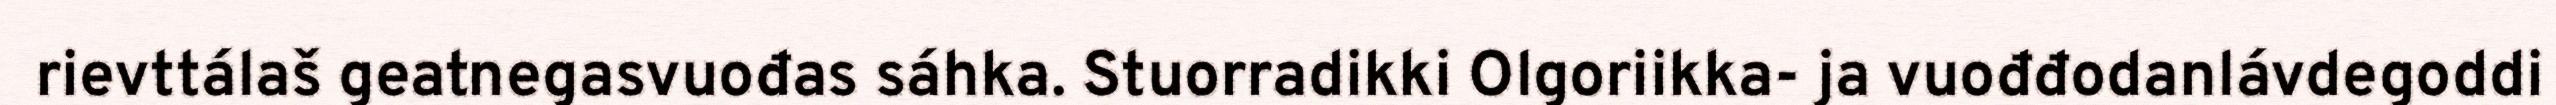
rievttálaš geatnegasvuođas sáhka. Stuorradikki Olgoriikka- ja vuođđodanlávdegoddi